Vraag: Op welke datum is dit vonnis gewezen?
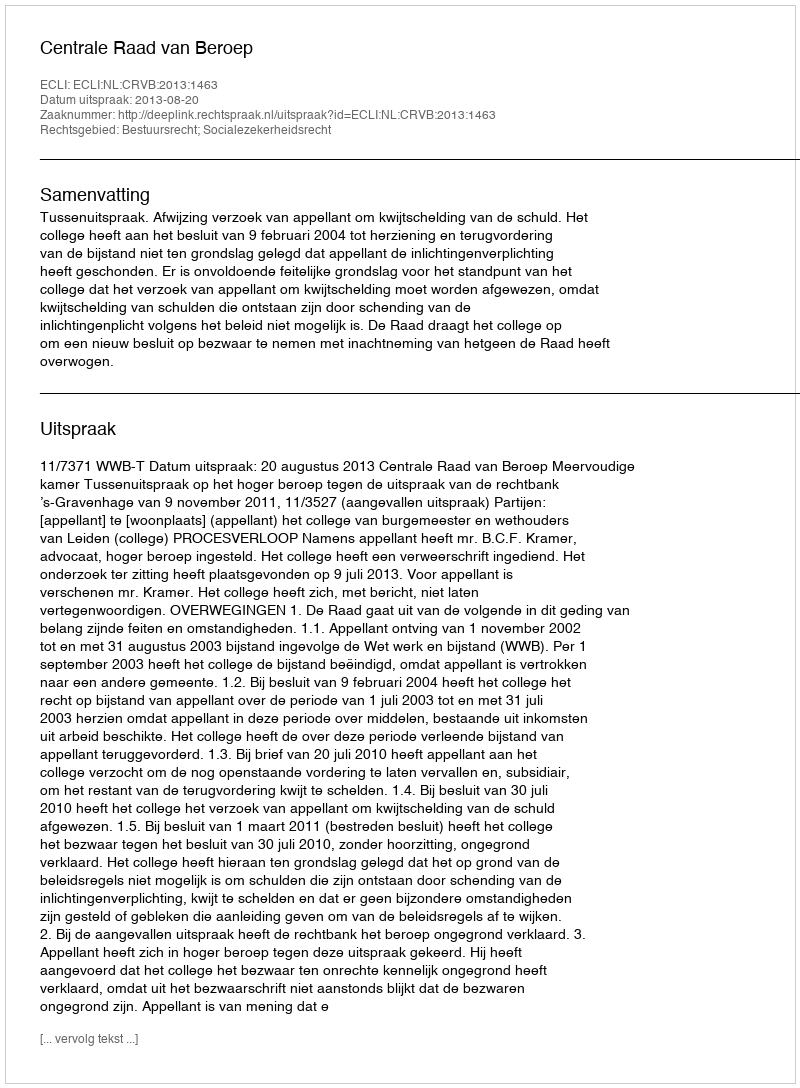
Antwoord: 2013-08-20